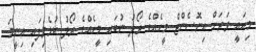
މިއައީ ވަރަށް އިނޮސެންޓް މީހެއްގެ ރޯލު ނުބައި މީހެއްގެ ރޯލު ކުޅެވިފައި އިނީމަ